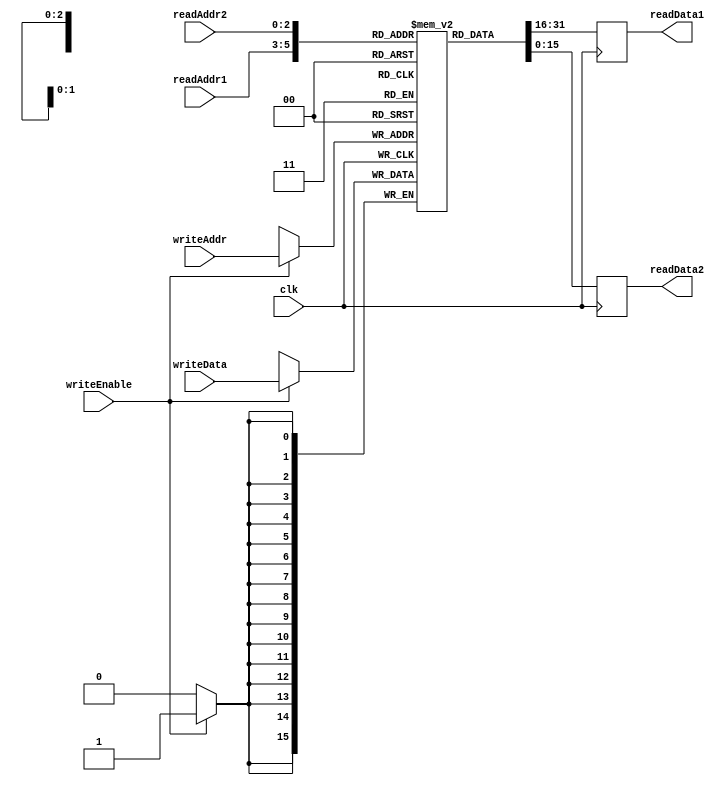
// This program was cloned from: https://github.com/DingWH03/verilog-demo
// License: GNU General Public License v3.0

module RegisterFile(
    input wire clk,
    input wire [2:0] readAddr1, // 1
    input wire [2:0] readAddr2, // 2
    input wire [2:0] writeAddr, // 
    input wire writeEnable,     // 
    input wire [15:0] writeData, // 
    output wire [15:0] readData1, // 1
    output wire [15:0] readData2  // 2
);

reg [15:0] readData1_r;
reg [15:0] readData2_r;
assign readData1 = readData1_r;
assign readData2 = readData2_r;

reg [15:0] registers [7:0]; // 816

// 
always @ (posedge clk) begin
    readData1_r <= registers[readAddr1];
    readData2_r <= registers[readAddr2];
end

// 
always @ (posedge clk) begin
    if (writeEnable)
        registers[writeAddr] <= writeData;
end

endmodule